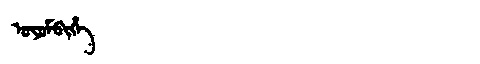
Manchu: ᠣᠶᠣᠮᠪᡳᡥᡝ
Romanization: OYOMBIHE